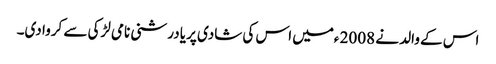
اس کے والد نے 2008 ءمیں اس کی شادی پریا درشنی نامی لڑکی سے کروا دی۔